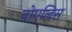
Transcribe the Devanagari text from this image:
नोएलिस